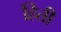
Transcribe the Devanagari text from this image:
हिती